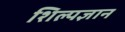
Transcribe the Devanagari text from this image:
शिल्पज्ञान